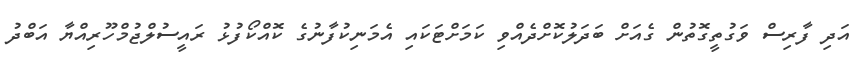
އަދި ފާރިސް ވަގުތީގޮތުން ގެއަށް ބަދަލުކޮށްދެއްވި ކަމަށްޓަކައި އެމަނިކުފާނުގެ ކޮއްކޯފުޅު ރައީސުލްޖުމްހޫރިއްޔާ އަބްދު